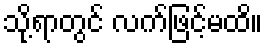
သို့ရာတွင် လက်ဖြင့်မထိ။